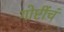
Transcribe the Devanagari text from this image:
गोष्टींचं